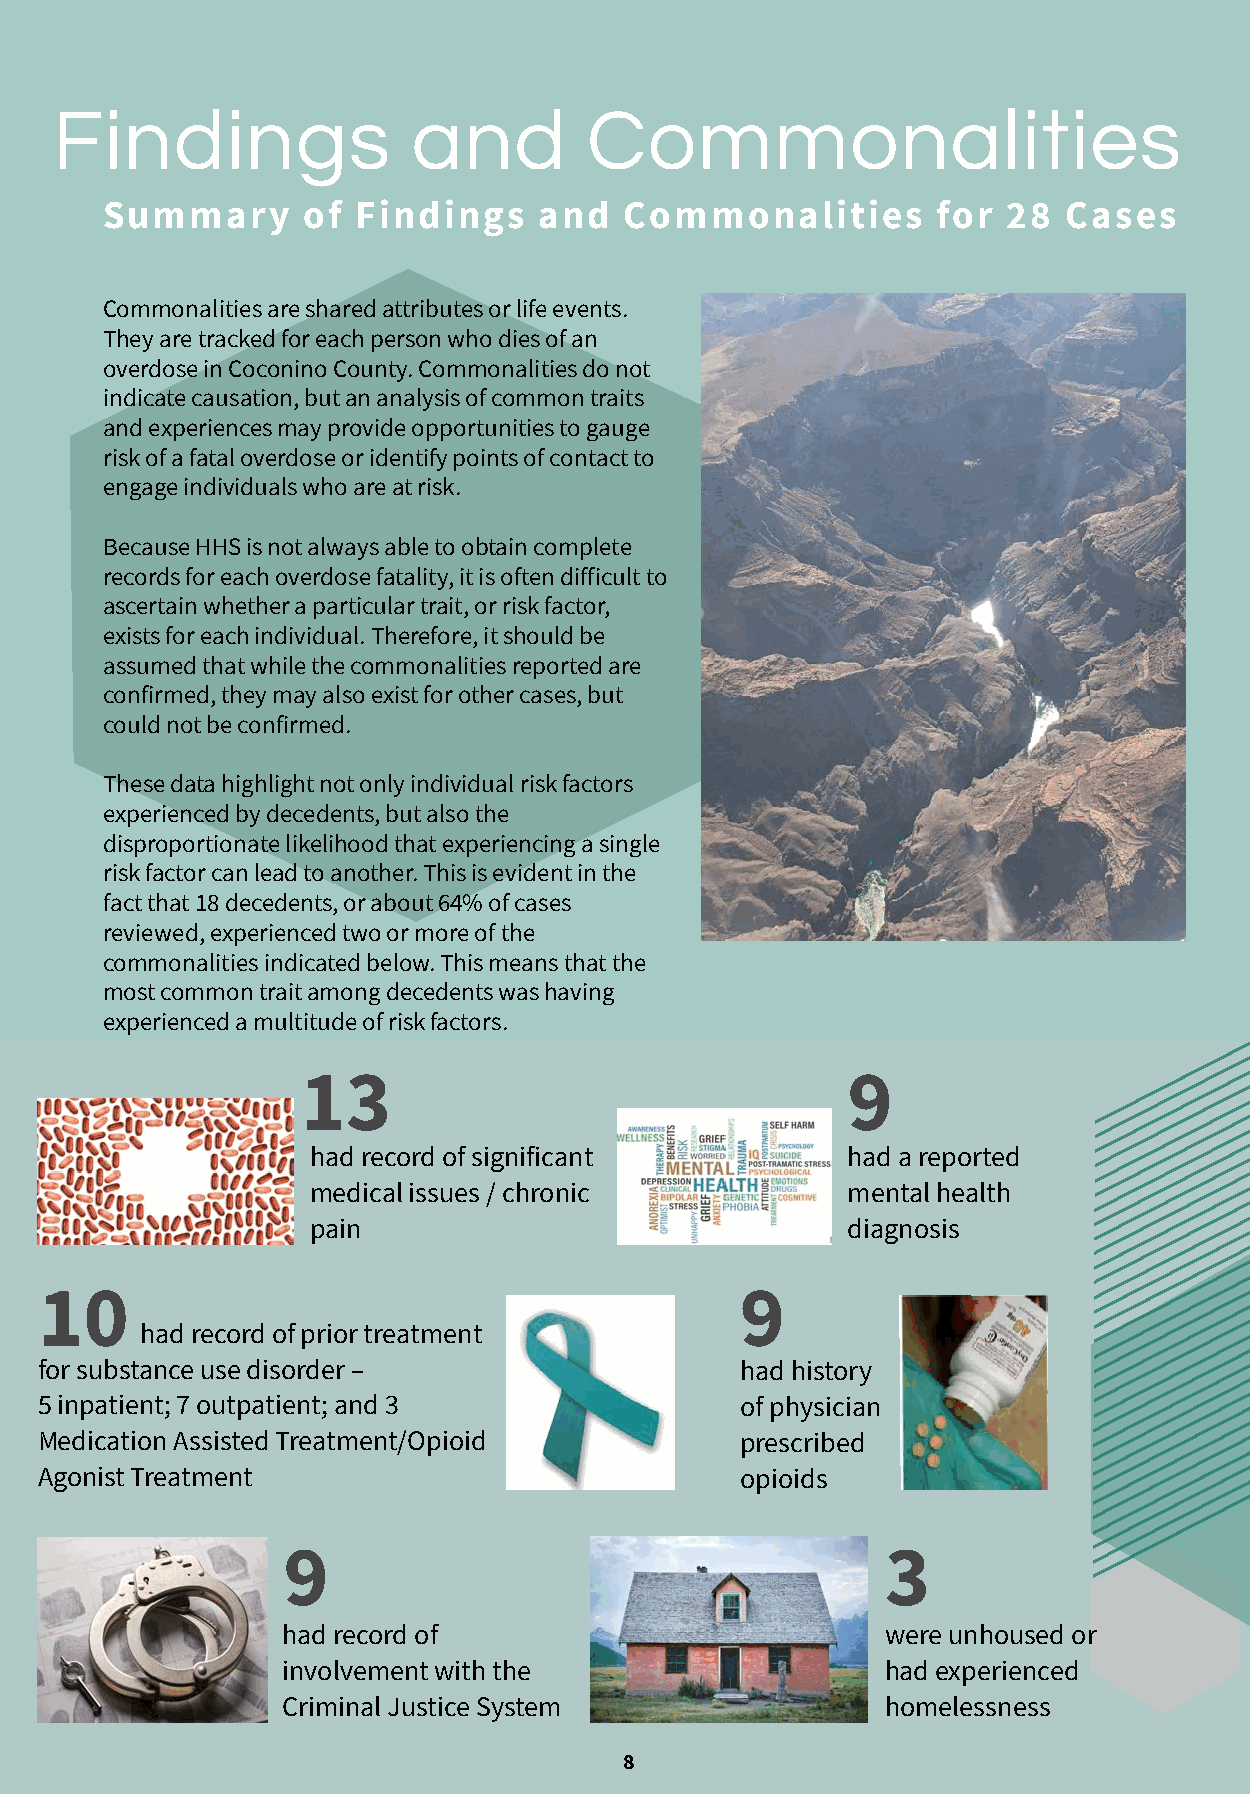
Findings                and         Commonalities
 Summary      of  Findings    and  Commonalities        for  28  Cases
 Commonalities are shared attributes or life events.
 They are tracked for each person who dies of an
 overdose in Coconino County. Commonalities do not
 indicate causation, but an analysis of common traits
 and experiences may provide opportunities to gauge
 risk of a fatal overdose or identify points of contact to
 engage individuals who are at risk.
 Because HHS is not always able to obtain complete
 records for each overdose fatality, it is often difficult to
 ascertain whether a particular trait, or risk factor,
 exists for each individual. Therefore, it should be
 assumed that while the commonalities reported are
 confirmed, they may also exist for other cases, but
 could not be confirmed.
 These data highlight not only individual risk factors
 experienced by decedents, but also the
 disproportionate likelihood that experiencing a single
 risk factor can lead to another. This is evident in the
 fact that 18 decedents, or about 64% of cases
 reviewed, experienced two or more of the
 commonalities indicated below. This means that the
 most common trait among decedents was having
 experienced a multitude of risk factors.
 13                                  9
 had record of significant          had a reported
 medical issues / chronic           mental health
 pain                               diagnosis
 10                                            9
 had record of prior treatment
 for substance use disorder –                  had history
 5 inpatient; 7 outpatient; and 3              of physician
 Medication Assisted Treatment/Opioid          prescribed
 Agonist Treatment                             opioids
 9                                       3
 had record of                           were unhoused or
 involvement with the                    had experienced
 Criminal Justice System                 homelessness
 8